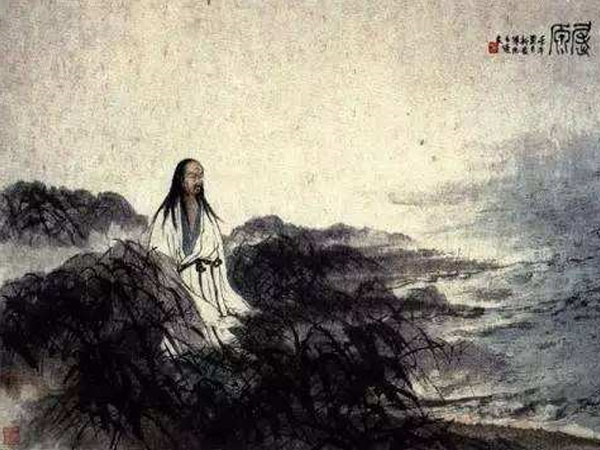
烟霏云敛其容清明，天高日晶